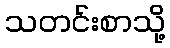
သတင်းစာသို့